Annual report of lunatic asylums [Bombay] - 1912-1922
Year: 1912
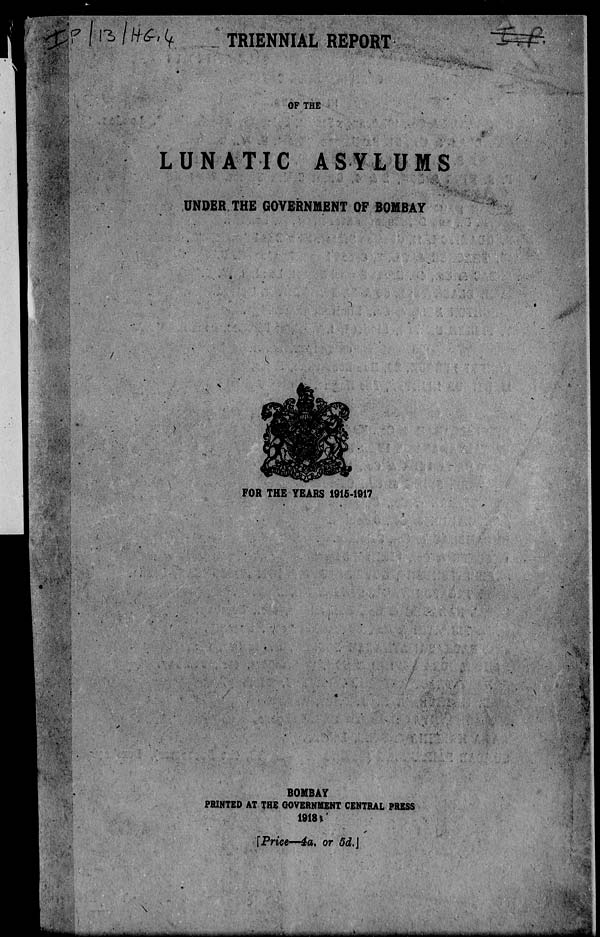
TRIENNIAL REPORT
OF THE
LUNATIC
ASYLUMS
UNDER THE GOVERNMENT OF BOMBAY
FOR THE YEARS 1915-1917
BOMBAY
PRINTED AT THE GOVERNMENT CENTRAL PRESS
1918
[Price—4a. or 5d.]